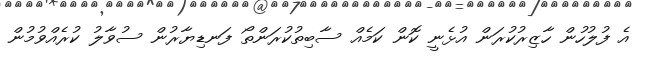
އެ ފުލުހުން ހާޒިރުކުރަން އުޅެނީ ކޮން ކަމެއް ސާބިތުކުރަންތޯ ފަނޑިޔާރުން ސުވާލު ކުރެއްވުމުން